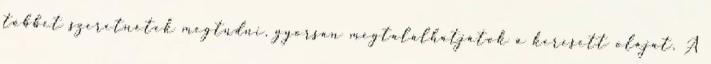
többet szeretnétek megtudni, gyorsan megtalálhatjátok a keresett olajat. A